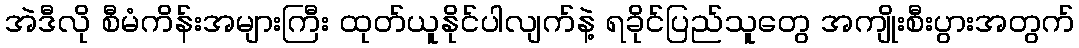
အဲဒီလို စီမံကိန်းအများကြီး ထုတ်ယူနိုင်ပါလျက်နဲ့ ရခိုင်ပြည်သူတွေ အကျိုးစီးပွားအတွက်